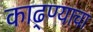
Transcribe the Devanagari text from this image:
काढ्ण्याचा